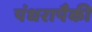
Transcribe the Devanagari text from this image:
पंधरापैकी